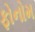
ફોનોમ